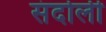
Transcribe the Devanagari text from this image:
संदोली